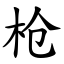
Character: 枪